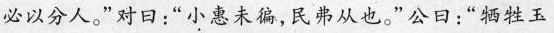
必以分人。” 对日：“小惠未骗，民弗从也。” 公曰：“牺牲玉